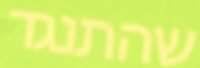
שהתנגד